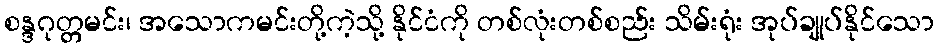
စန္ဒဂုတ္တမင်း၊ အသောကမင်းတို့ကဲ့သို့ နိုင်ငံကို တစ်လုံးတစ်စည်း သိမ်းရုံး အုပ်ချုပ်နိုင်သော